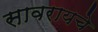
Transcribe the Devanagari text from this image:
सावरायचे